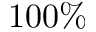
1 0 0 \%